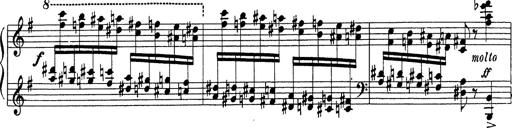
Title: Grosses Konzertsolo
Composer: Franz Liszt